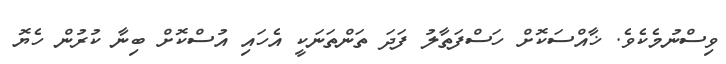
ވިސްނުމެކެވެ. ޚާއްސަކޮށް ހަސްފަތާލު ފަދަ ތަންތަނަކީ އެހައި އުސްކޮށް ބިނާ ކުރުން ހެޔޮ